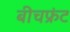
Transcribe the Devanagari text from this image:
बीचफ्रंट